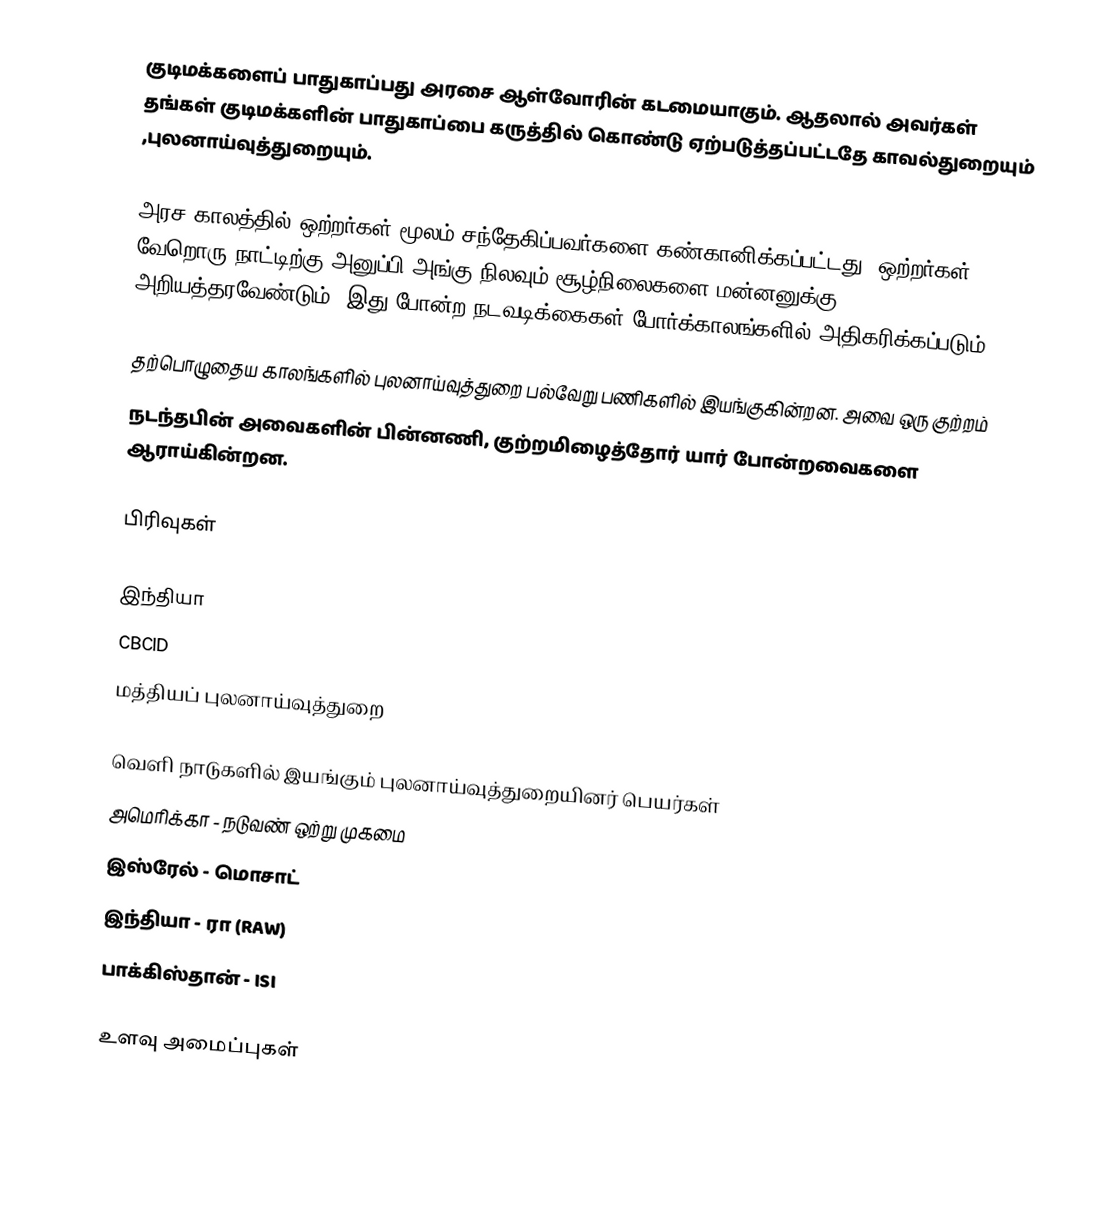
குடிமக்களைப் பாதுகாப்பது அரசை ஆள்வோரின் கடமையாகும். ஆதலால் அவர்கள் தங்கள் குடிமக்களின் பாதுகாப்பை கருத்தில் கொண்டு ஏற்படுத்தப்பட்டதே காவல்துறையும் ,புலனாய்வுத்துறையும்.

அரச காலத்தில் ஒற்றர்கள் மூலம் சந்தேகிப்பவர்களை கண்கானிக்கப்பட்டது. ஒற்றர்கள் வேறொரு நாட்டிற்கு அனுப்பி அங்கு நிலவும் சூழ்நிலைகளை மன்னனுக்கு அறியத்தரவேண்டும். இது போன்ற நடவடிக்கைகள் போர்க்காலங்களில் அதிகரிக்கப்படும்.

தற்பொழுதைய காலங்களில் புலனாய்வுத்துறை பல்வேறு பணிகளில் இயங்குகின்றன. அவை ஒரு குற்றம்
நடந்தபின் அவைகளின் பின்னணி, குற்றமிழைத்தோர் யார் போன்றவைகளை ஆராய்கின்றன.

பிரிவுகள்

இந்தியா
 CBCID
 மத்தியப் புலனாய்வுத்துறை

வெளி நாடுகளில் இயங்கும் புலனாய்வுத்துறையினர் பெயர்கள்
 அமெரிக்கா - நடுவண் ஒற்று முகமை
 இஸ்ரேல் - மொசாட்
 இந்தியா - ரா (RAW)
 பாக்கிஸ்தான் - ISI

உளவு அமைப்புகள்